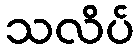
သလိပ်